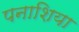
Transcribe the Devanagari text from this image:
पनाशिया